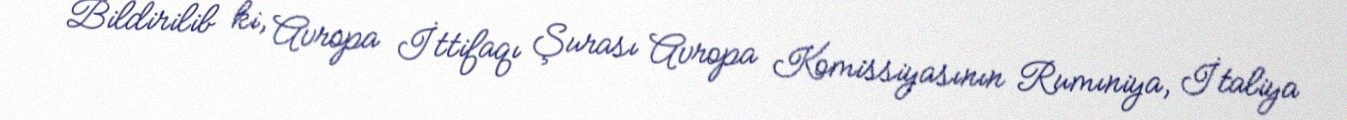
Bildirilib ki, Avropa İttifaqı Şurası Avropa Komissiyasının Rumıniya, İtaliya